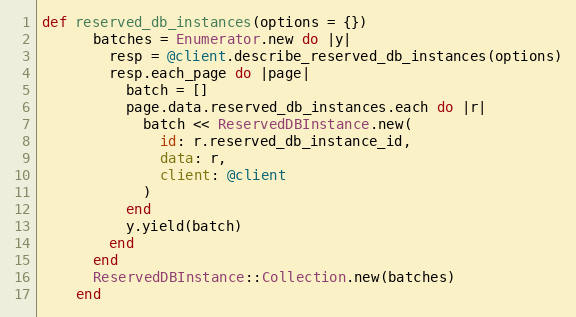
Language: Ruby
def reserved_db_instances(options = {})
      batches = Enumerator.new do |y|
        resp = @client.describe_reserved_db_instances(options)
        resp.each_page do |page|
          batch = []
          page.data.reserved_db_instances.each do |r|
            batch << ReservedDBInstance.new(
              id: r.reserved_db_instance_id,
              data: r,
              client: @client
            )
          end
          y.yield(batch)
        end
      end
      ReservedDBInstance::Collection.new(batches)
    end